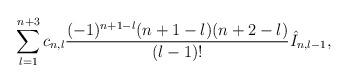
LaTeX: \begin{align*} \sum_{l=1}^{n+3}c_{n,l}\frac{(-1)^{n+1-l}(n+1-l)(n+2-l)}{(l-1)!}\hat{I}_{n,l-1},\end{align*}